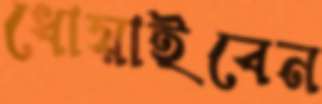
ধোয়াইবেন